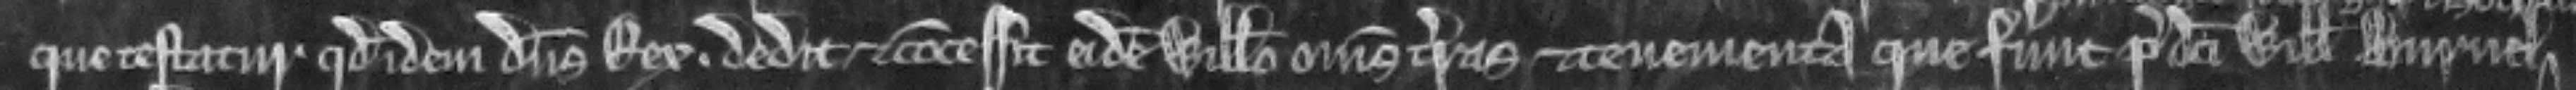
que testatur quod idem dominus Rex. dedit et concessit eidem Willelmo omnes terras et tenementa que fuerunt predicti Willelmo Burnel